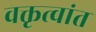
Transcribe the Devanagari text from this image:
वक्तृत्वांत